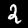
Digit: 2